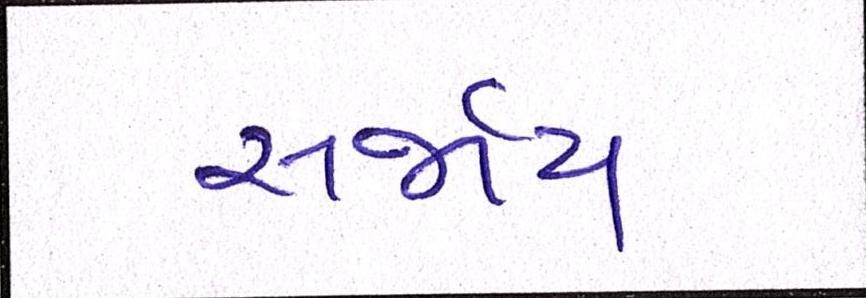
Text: સર્જાય